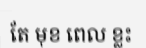
តែ មុខ ពេល ខ្លះ